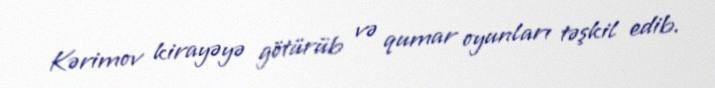
Kərimov kirayəyə götürüb və qumar oyunları təşkil edib.